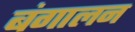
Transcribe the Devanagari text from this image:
बंगालन